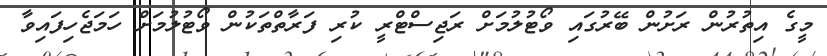
މީގެ އިތުރުން ރަށުން ބޭރުގައި ވޯޓުލުމަށް ރަޖިސްޓްރީ ކުރި ފަރާތްތަކުން ވޯޓުލުމަށް ހަމަޖެހިފައިވާ